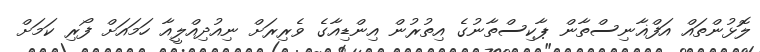
ލޮޅުންތައް އަފްޣާނިސްތާން ޕާކިސްތާނުގެ އިތުރުން އިންޑިއާގެ ވެރިރަށް ނިއުދިއްލީއާ ހަމައަށް ފޯރި ކަމަށް